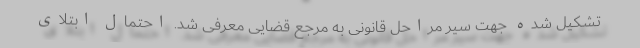
تشکیل شده جهت سیر مراحل قانونی به مرجع قضایی معرفی شد. احتمال ابتلای